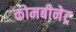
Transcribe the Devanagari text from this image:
कोमबीनेट्र